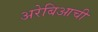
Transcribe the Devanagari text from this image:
अरेबिआची